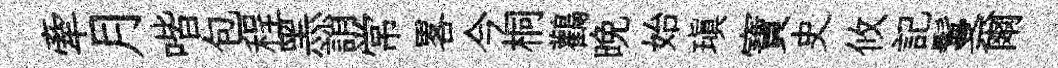
牽月喈包程黑誚常畧今桐鸛晚始瑱寶史攸記鬘爾